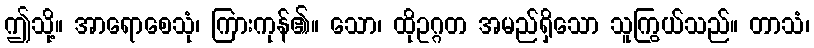
ဤသို့။ အာရောစေသုံ၊ ကြားကုန်၏။ သော၊ ထိုဥဂ္ဂတ အမည်ရှိသော သူကြွယ်သည်။ တာသံ၊